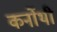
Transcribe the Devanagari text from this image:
कर्नोथी